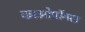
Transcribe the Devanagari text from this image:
काओपॉक्स